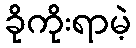
ခိုကိုးရာမဲ့